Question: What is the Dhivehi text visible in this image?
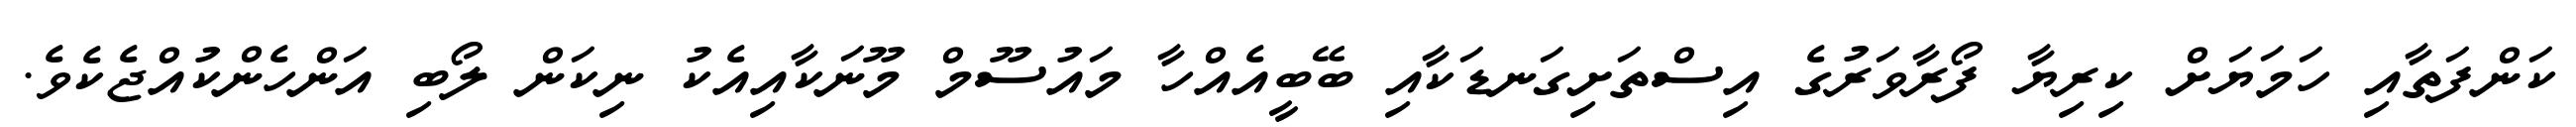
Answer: ކަންފަތާއި ހަމަޔަށް ކިރިޔާ ފޯރާވަރުގެ އިސްތަށިގަނޑަކާއި ބޭބީއެއްހާ މައުސޫމް މޫނަކާއިއެކު ނިކަން ލޯބި އަންހެންކުއްޖެކެވެ.